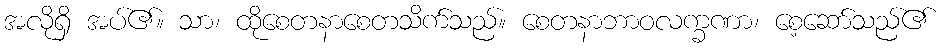
အလိုရှိ အပ်၏။ သာ၊ ထိုစေတနာစေတသိက်သည်။ စေတနာဘာဝလက္ခဏာ၊ စေ့ဆော်သည်၏